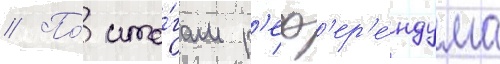
// По́ ито́гам р'еф'ер'е́ндума